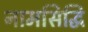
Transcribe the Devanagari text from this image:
नामसिद्धि